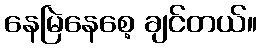
နေမြဲနေစေ့ ချင်တယ်။